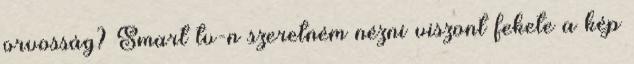
orvosság? Smart tv-n szeretném nézni viszont fekete a kép